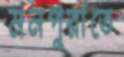
মনপুরাতে